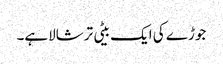
جوڑے کی ایک بیٹی ترشالاہے۔